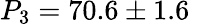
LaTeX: P_{3}=70.6\pm 1.6\